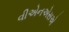
વીએનએસએ